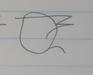
Signature authenticity: forged